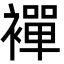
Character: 襌